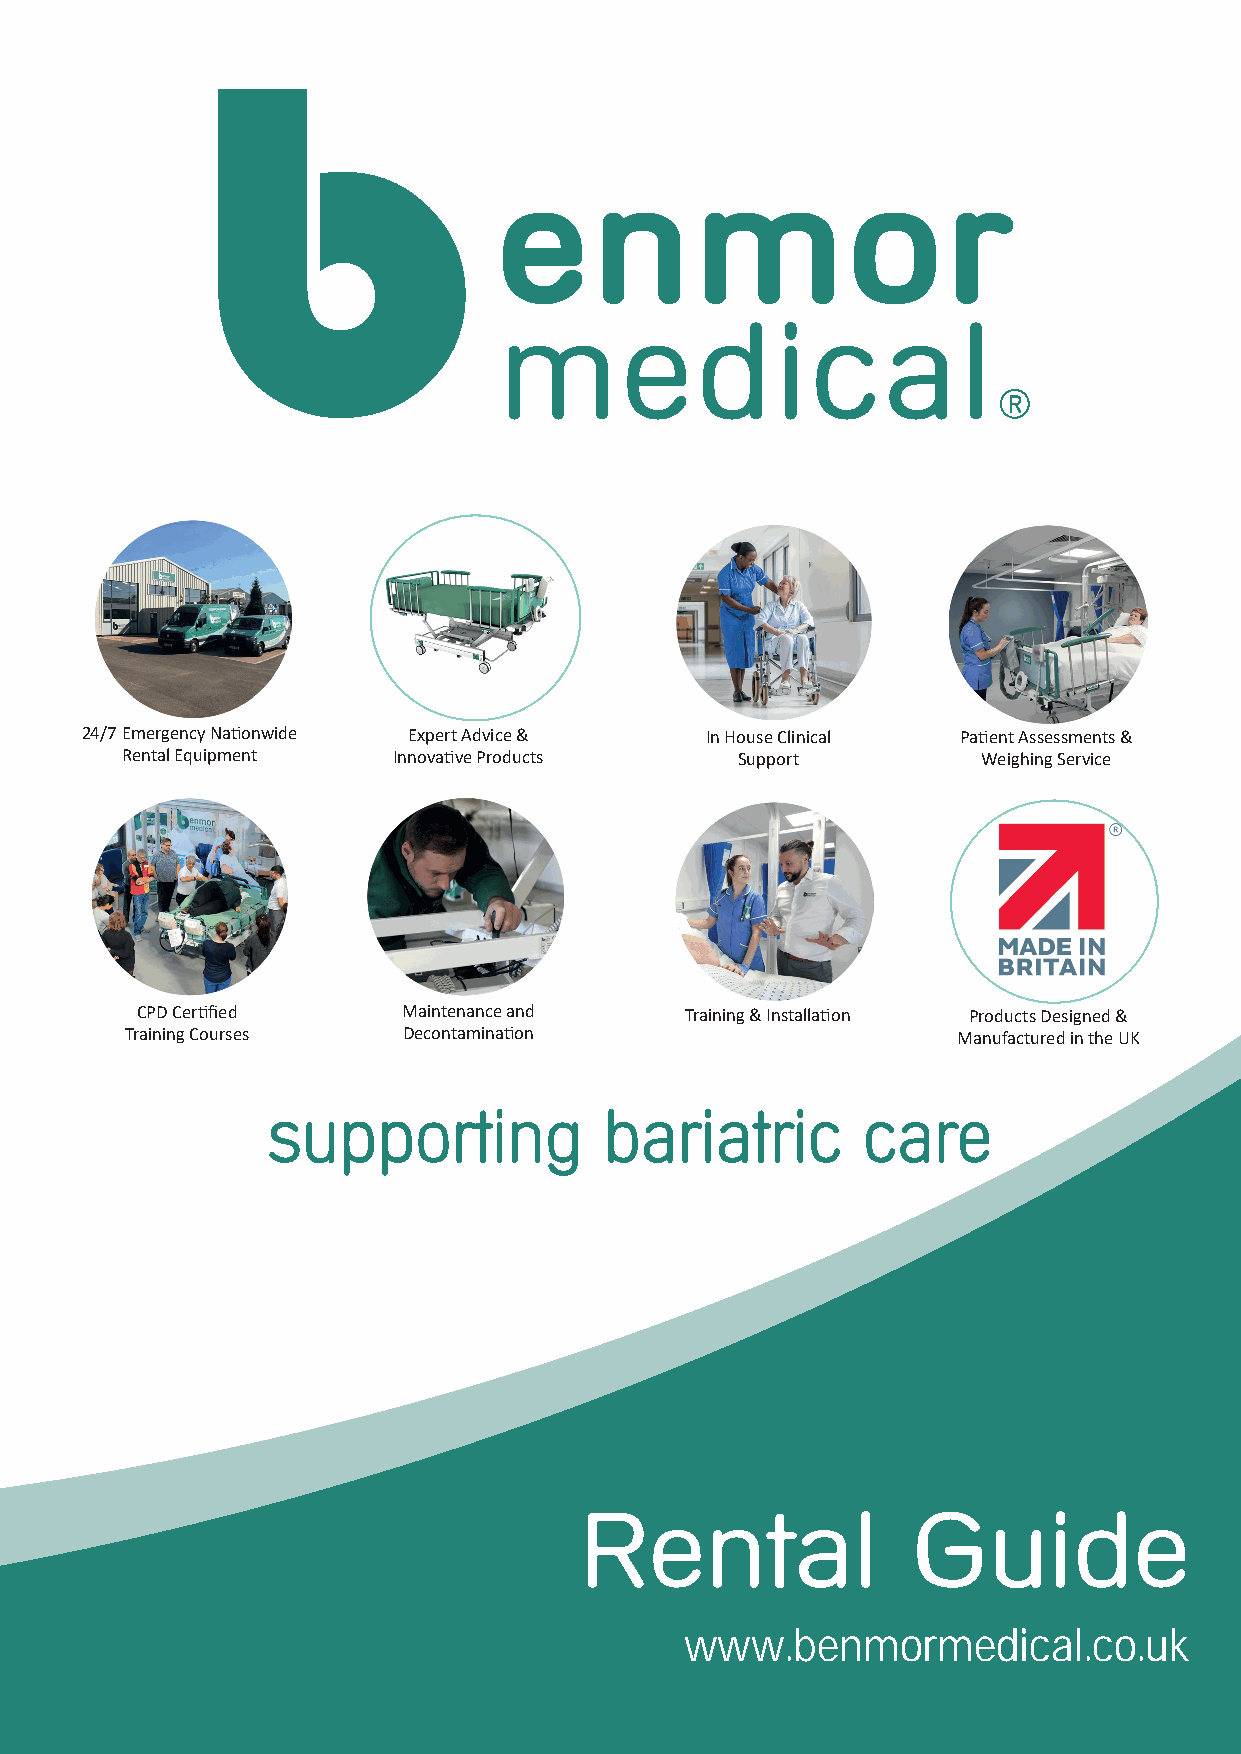
24/7 Emergency Na�onwide Expert Advice &  In House Clinical Pa�ent Assessments &
 Rental Equipment  Innova�ve Products     Support         Weighing Service
 CPD Cer�fied      Maintenance and   Training & Installa�on Products Designed &
 Training Courses   Decontamina�on                      Manufactured in the UK
 www.benmormedical.co.uk